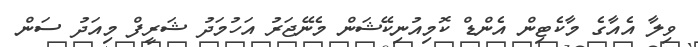
ވިލާ އެއާގެ މާކެޓިން އެންޑް ކޮމިއުނިކޭޝަން މެނޭޖަރު އަހުމަދު ޝަރީފް މިއަދު ސަން